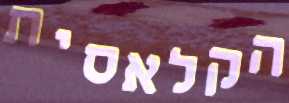
הקלאסית